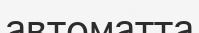
автоматта